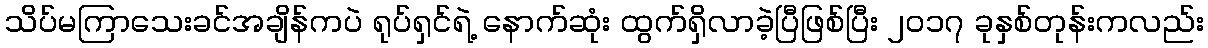
သိပ်မကြာသေးခင်အချိန်ကပဲ ရုပ်ရှင်ရဲ့ နောက်ဆုံး ထွက်ရှိလာခဲ့ပြီဖြစ်ပြီး ၂၀၁၇ ခုနှစ်တုန်းကလည်း